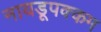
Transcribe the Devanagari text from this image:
नायडूपक्कम